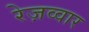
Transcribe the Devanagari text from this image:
रेज़व्वार